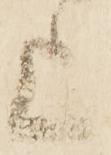
上